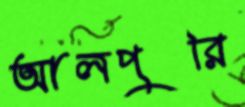
আলপুরি